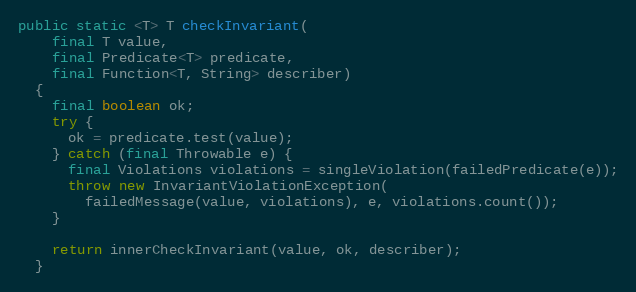
Language: Java
public static <T> T checkInvariant(
    final T value,
    final Predicate<T> predicate,
    final Function<T, String> describer)
  {
    final boolean ok;
    try {
      ok = predicate.test(value);
    } catch (final Throwable e) {
      final Violations violations = singleViolation(failedPredicate(e));
      throw new InvariantViolationException(
        failedMessage(value, violations), e, violations.count());
    }

    return innerCheckInvariant(value, ok, describer);
  }